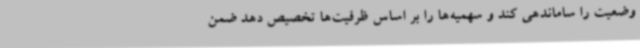
وضعیت را ساماندهی کند و سهمیه‌ها را بر اساس ظرفیت‌ها تخصیص دهد ضمن